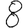
Digit: 8